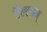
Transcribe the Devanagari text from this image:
ऍल्लाम्‌